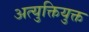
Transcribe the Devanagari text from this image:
अत्युक्तियुक्त